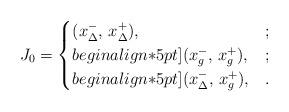
\begin{align*}\label[def]{def:J0:10}J_0=\begin{cases}(x_\Delta^-,\,x_\Delta^+),&;\\begin{align*}5pt](x_g^-,\,x_g^+),&;\\begin{align*}5pt](x_\Delta^-,\,x_g^+),&.\end{cases}\end{align*}